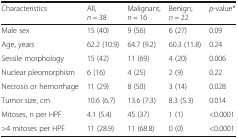
<table><thead><tr><td><b>Characteristics</b></td><td><b>All, <i>n</i> = 38</b></td><td><b>Malignant, <i>n</i> = 16</b></td><td><b>Benign, <i>n</i> = 22</b></td><td><b><i>p</i>-value*</b></td></tr></thead><tbody><tr><td>Male sex</td><td>15 (40)</td><td>9 (56)</td><td>6 (27)</td><td>0.09</td></tr><tr><td>Age, years</td><td>62.2 (10.9)</td><td>64.7 (9.2)</td><td>60.3 (11.8)</td><td>0.24</td></tr><tr><td>Sessile morphology</td><td>15 (42)</td><td>11 (69)</td><td>4 (20)</td><td>0.006</td></tr><tr><td>Nuclear pleomorphism</td><td>6 (16)</td><td>4 (25)</td><td>2 (9)</td><td>0.22</td></tr><tr><td>Necrosis or hemorrhage</td><td>11 (29)</td><td>8 (50)</td><td>3 (14)</td><td>0.028</td></tr><tr><td>Tumor size, cm</td><td>10.6 (6.7)</td><td>13.6 (7.3)</td><td>8.3 (5.3)</td><td>0.014</td></tr><tr><td>Mitoses, n per HPF</td><td>4.1 (5.4)</td><td>45 (37)</td><td>1 (1)</td><td>&lt;0.0001</td></tr><tr><td>&gt;4 mitoses per HPF</td><td>11 (28.9)</td><td>11 (68.8)</td><td>0 (0)</td><td>&lt;0.0001</td></tr></tbody></table>